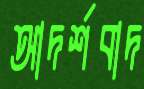
আদর্শবাদ